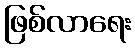
ဖြစ်လာရေး